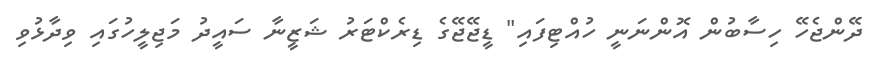
ދޭންޖެހޭ ހިސާބުން އޮންނަނީ ހުއްޓިފައި" ޑީޖޭޖޭގެ ޑިރެކްޓަރު ޝަޒީނާ ސައީދު މަޖިލީހުގައި ވިދާޅުވި